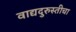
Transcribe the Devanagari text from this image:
वाद्यदुरुस्तीचा